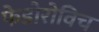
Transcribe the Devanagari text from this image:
फेडोरोविच